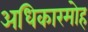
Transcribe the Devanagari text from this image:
अधिकारमोह